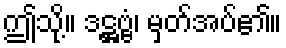
ဤသို့။ ဒဋ္ဌဗ္ဗံ၊ မှတ်အပ်၏။